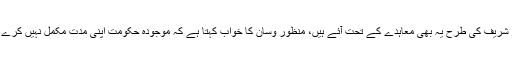
نواز شریف کی طرح یہ بھی معاہدے کے تحت آئے ہیں، منظور وسان کا خواب کہتا ہے کہ موجودہ حکومت اپنی مدت مکمل نہیں کرے گی۔